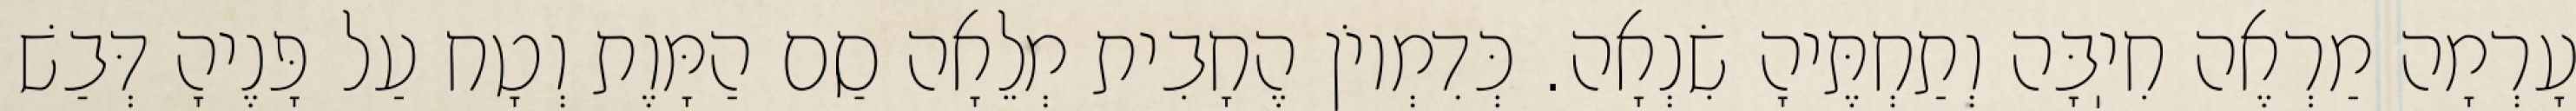
עָרְמָה מַרְאֶה חִיֽבָּה וְתַחְתֶּיהָ שִׂנְאָה. כְּדִמְיוֹן הֶחָבִית מְלֵאָה סַם הַמָּוֶת וְטָח עַל פָּנֶיהָ דְּבַשׁ